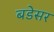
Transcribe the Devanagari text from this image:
बडेसर